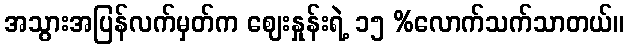
အသွားအပြန်လက်မှတ်က ဈေးနှုန်းရဲ့ ၁၅ %လောက်သက်သာတယ်။